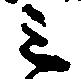
三